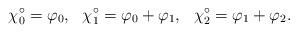
LaTeX: \begin{align*} \chi_0^\circ = \varphi_0,~~\chi_1^\circ = \varphi_0+\varphi_1,~~ \chi_2^\circ = \varphi_1 + \varphi_2.\end{align*}